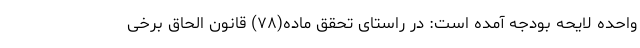
واحده لایحه بودجه آمده است: در راستای تحقق ماده(۷۸) قانون الحاق برخی